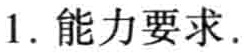
1. 能力要求.